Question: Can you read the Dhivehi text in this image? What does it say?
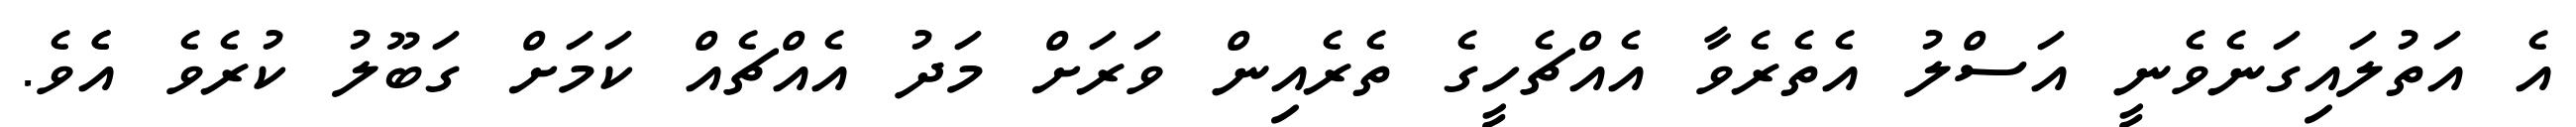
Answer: އެ އަތުލައިގަނެވެނީ އަސްލު އެތެރެވާ އެއްޗެހީގެ ތެރެއިން ވަރަށް މަދު އެއްޗެއް ކަމަށް ގަބޫލު ކުރެވެ އެެވެ.